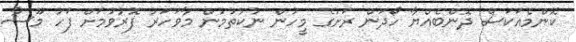
ކޮންމެއަކަސް ދޮންބެއްޔާ ހޯދަން ރަށުގެ މީހުން ނުކުތުމުން މާވަހަރު ފޮރުވުމަށް ފަހު މޫސާ